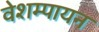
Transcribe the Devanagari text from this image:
वेशम्पायन